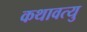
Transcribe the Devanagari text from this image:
कथावत्यु